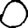
Digit: 0